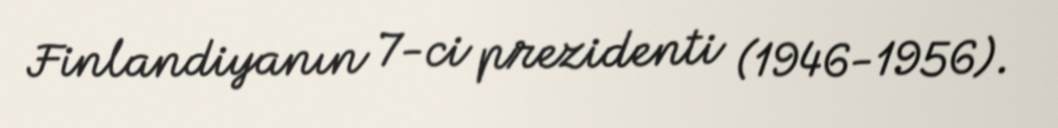
Finlandiyanın 7-ci prezidenti (1946-1956).